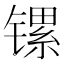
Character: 镙